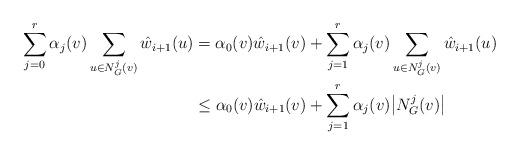
LaTeX: \begin{align*}\sum_{j=0}^r \alpha_j(v) \sum_{u\in N^j_G(v)} \hat{w}_{i+1}(u) &= \alpha_0(v)\hat{w}_{i+1}(v) + \sum_{j=1}^r \alpha_j(v) \sum_{u\in N^j_G(v)} \hat{w}_{i+1}(u)\\&\le \alpha_0(v)\hat{w}_{i+1}(v) + \sum_{j=1}^r \alpha_j(v) \big|N^j_G(v)\big|\end{align*}